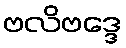
ဗလိဗဒ္ဒေ